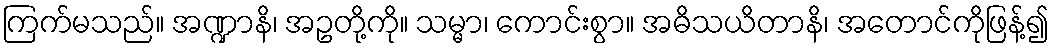
ကြက်မသည်။ အဏ္ဍာနိ၊ အဥတို့ကို။ သမ္မာ၊ ကောင်းစွာ။ အဓိသယိတာနိ၊ အတောင်ကိုဖြန့်၍